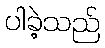
ပါခဲ့သည်